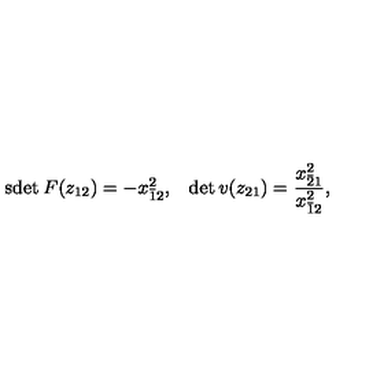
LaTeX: \begin{array} { c c } { \mathrm { s d e t } \: F ( z _ { 1 2 } ) = - x _ { \bar { 1 } 2 } ^ { 2 } , } & { \det v ( z _ { 2 1 } ) = \displaystyle { \frac { x _ { \bar { 2 } 1 } ^ { 2 } } { x _ { \bar { 1 } 2 } ^ { 2 } } } , } \\ \end{array}